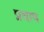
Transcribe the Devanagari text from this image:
प्रवाव